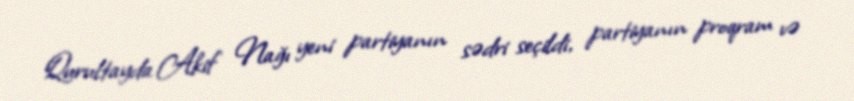
Qurultayda Akif Nağı yeni partiyanın sədri seçildi, partiyanın proqram və